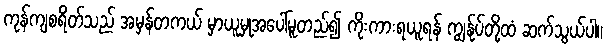
ကုန်ကျစရိတ်သည် အမှန်တကယ် မှာယူမှုအပေါ်မူတည်၍ ကိုးကားရယူရန် ကျွန်ုပ်တို့ထံ ဆက်သွယ်ပါ။